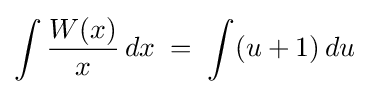
\int {\frac {W(x)}{x}}\,dx\;=\;\int (u+1)\,du